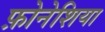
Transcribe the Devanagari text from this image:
फ़ोनेशिया